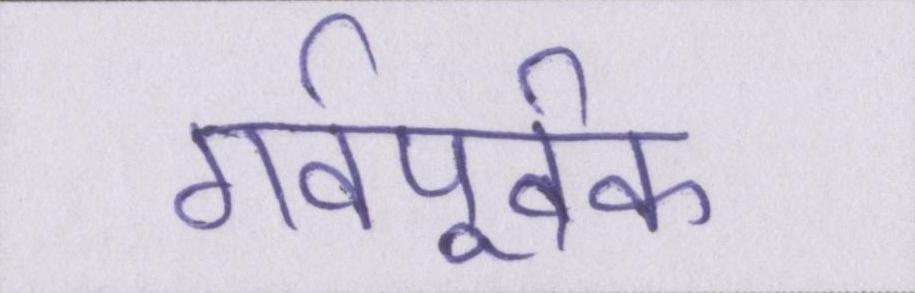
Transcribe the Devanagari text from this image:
गर्वपूर्वक